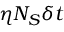
\eta N _ { S } \delta t